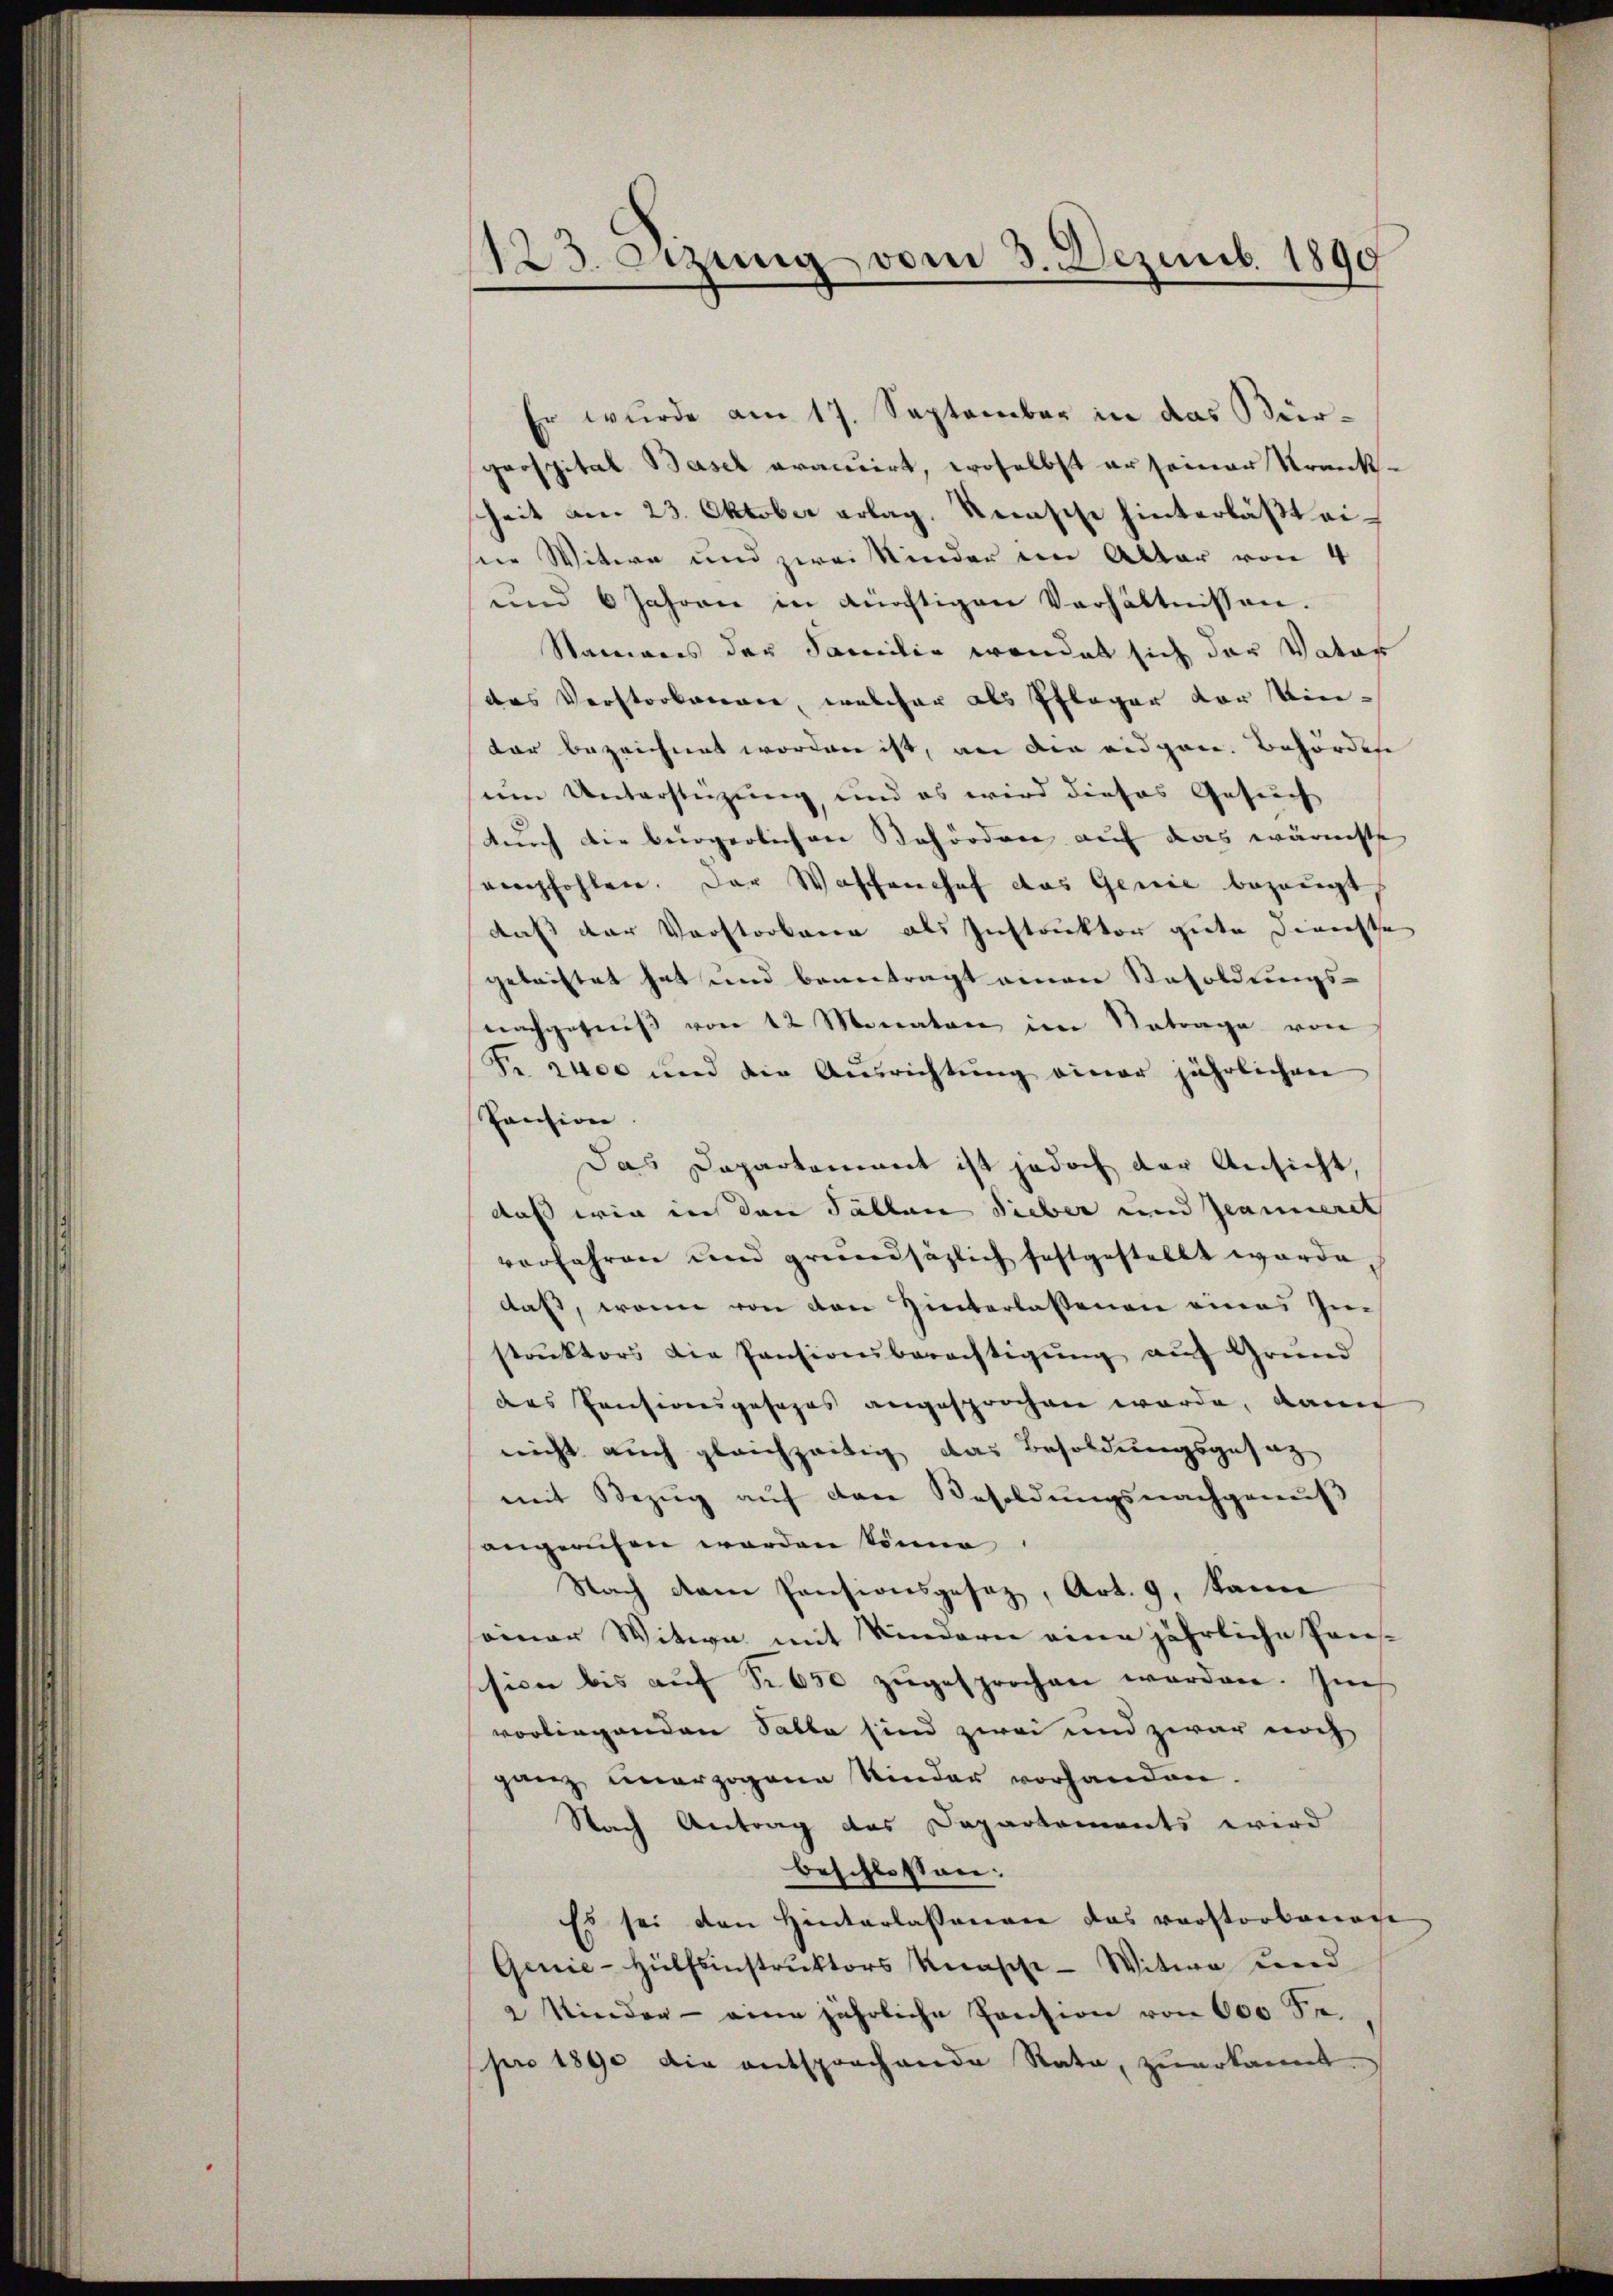
1123. Szung vom 3. Dezemb. 1890

Er wurde am 17. September in das Bür-
prospital Basel aracuirt, woselbst er seiner Krank-
heit am 23. Oktober erlag, Reinsche hinterläßt eine Witwe und zwei Kinder im Alter von 4
und 6 Jahren in tüchtigen Verhältnissen.
Namens der Familie wendet sich der Vater
das Verstorbenen, welcher als Pfleger vor Eindar bezeichnet worden ist, an die eidgen. Behördere
um Unterstüzung, und es wird dieses Gesuch
durch die bürgerlichen Behörden auf das wärmste
empfohlen. Der Waschenchef das Genie bezeugt,
daß der Vorstorbene als Instruktor gute Dienste
getriftet hat und beantragt einen Resoldungs-
nachgeses von 12 Monaten im Betrage von
Fr. zude und der Ausrichtung einer jährlichen
Pension
Das Departement ist jedoch der Ansicht,
daß wir ins den Fällen Sieber und Jeanneret
verfahren und grundsätzlich festgestellt worde
daß, wenn von den Hinterlassenen eines Im
strŭktors die Pensionsberechtigŭng auf Grund
das Pensionsgesages angesprochen wurde, dann
nicht auch gleichzeitig das Besoldungsgesag
mit Bezŭg aŭf den Besoldŭngsnachgeaŭf
angerufen worden könne
Nach dem Pensionsgesez, Art. 9, kann
einer Witwe mit Kindern eine jährliche Pen-
sion bis auf Nr. 650 zugesprochen worden. Zuch
vorliegenden Falle sind zwei und zwar noch
ganz unerzogene Kinder vorhanden.
Nach Antrag des Departements wird
beschlossen:
Es sei den Hinterlassenen das vorstorbenace
Genie-Hülfsinstruktors Knasche Witwe und
2 Kinder - eine jährliche Pension von 600 Se.
pro 1890 die entsprochende Rata, zuerkannt.